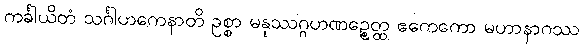
ကင်္ခါယိတံ သင်္ဂါဟကေနာတိ ဥစ္စာ မနုဿဂ္ဂဟဏဉ္စေတ္ထ ဧကေကော မဟာနာဂဿ